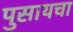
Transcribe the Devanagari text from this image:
पुसायचा